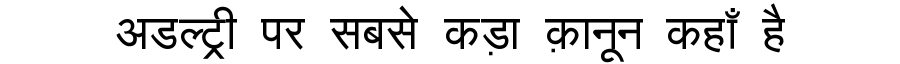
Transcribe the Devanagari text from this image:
अडल्ट्री पर सबसे कड़ा क़ानून कहाँ है